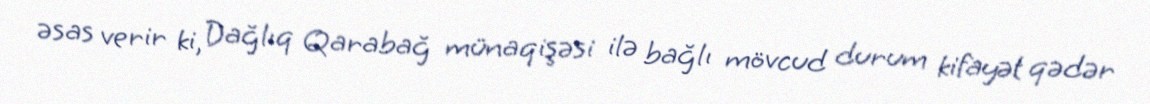
əsas verir ki, Dağlıq Qarabağ münaqişəsi ilə bağlı mövcud durum kifayət qədər